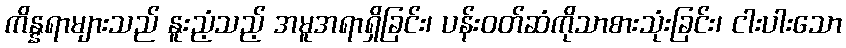
ကိန္နရာများသည် နူးညံ့သည့် အမူအရာရှိခြင်း၊ ပန်းဝတ်ဆံကိုသာစားသုံးခြင်း၊ ငါးပါးသော